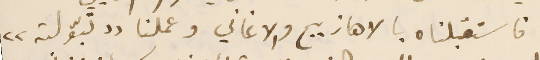
فاستقبلناه بالاهازيج والاغاني وعملنا "تبّولة"